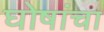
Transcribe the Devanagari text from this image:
घोषांचा